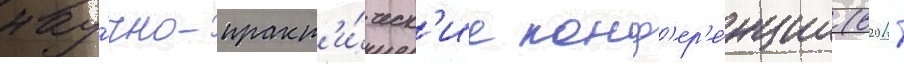
нау́чно-практ'и́ческ'ие конф'ер'е́нции (в 2011